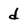
Character: d